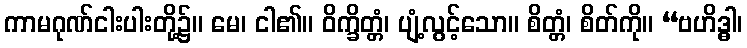
ကာမဂုဏ်ငါးပါးတို့၌။ မေ၊ ငါ၏။ ဝိက္ခိတ္တံ၊ ပျံ့လွင့်သော။ စိတ္တံ၊ စိတ်ကို။ “ဗဟိဒ္ဓါ၊